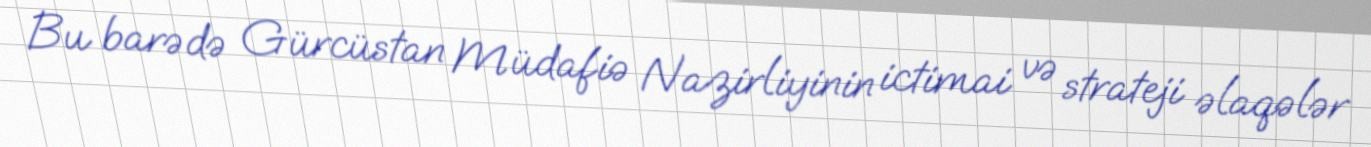
Bu barədə Gürcüstan Müdafiə Nazirliyinin ictimai və strateji əlaqələr